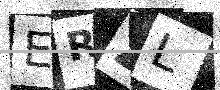
Text: ERZL